Mental hospitals Bombay report 1929-33 - 1929-1933
Year: 1929
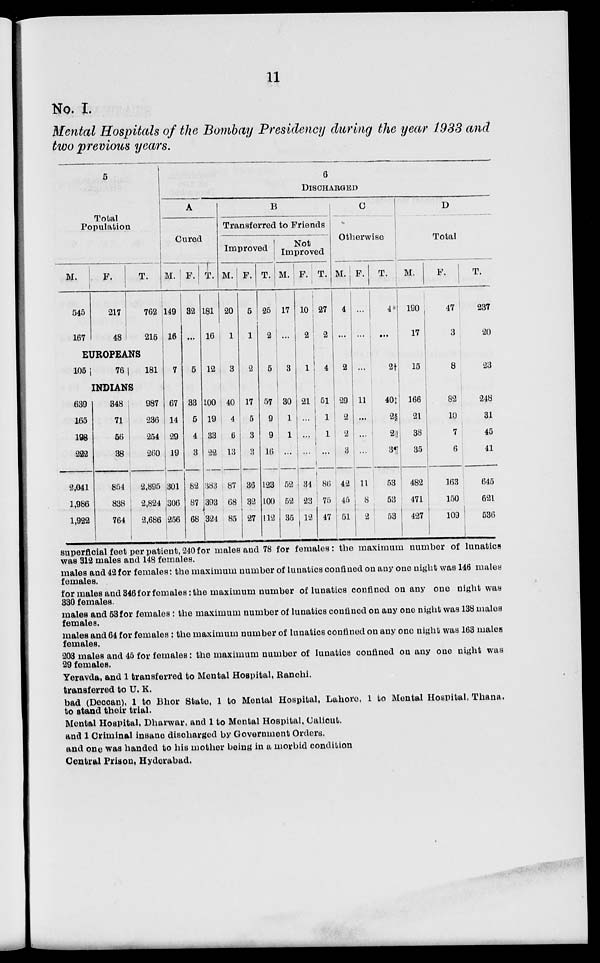
11
No. I.
Mental Hospitals of the Bombay Presidency during the year 1933 and
two previous years.
5
Total
Population
M.
545
167
F.
217
48
T.
762
215
EUROPEANS
105
76
181
INDIANS
639
165
198
222
2,041
1,986
1,922
348
71
56
38
854
838
764
987
236
254
260
2,895
2,824
2,686
6
DISCHARGED
A
Cured
M.
149
16
7
67
14
29
19
301
306
256
F.
32
...
5
33
5
4
3
82
87
68
T.
181
16
12
100
19
33
22
383
393
324
B
Transferred to Friends
Improved
M.
20
1
3
40
4
6
13
87
68
85
F.
5
1
2
17
5
3
3
36
32
27
T.
25
2
5
57
9
9
16
123
100
112
Not
Improved
M.
17
...
3
30
1
1
...
52
52
35
F.
10
2
1
21
...
...
...
34
23
12
T.
27
2
4
51
1
1
...
86
75
47
C
Otherwise
M.
4
...
2
29
2
2
3
42
45
51
F.
...
...
...
11
...
...
...
11
8
2
T.
4*
...
2†
40‡
2§
2||
3¶
53
53
53
D
Total
M.
190
17
15
166
21
38
35
482
471
427
F.
47
3
8
82
10
7
6
163
150
109
T.
237
20
23
248
31
45
41
645
621
536
superficial feet per patient, 240 for males and 78 for females: the maximum number of lunatics
was 312 males and 148 females.
males and 42 for females: the maximum number of lunatics confined on any one night was 146 males
females.
for males and 346 for females: the maximum number of lunatics confined on any one night was
330 females.
males and 53 for females: the maximum number of lunatics confined on any one night was 138 males
females.
males and 64 for females: the maximum number of lunatics confined on any one night was 163 males
females.
203 males and 45 for females: the maximum number of lunatics confined on any one night was
29 females.
Yeravda. and 1 transferred to Mental Hospital, Ranchi.
transferred to U. K.
bad (Deccan), 1 to Bhor State, 1 to Mental Hospital, Lahore, 1 to Mental Hospital, Thana,
to stand their trial.
Mental Hospital, Dharwar, and 1 to Mental Hospital, Calicut.
and 1 Criminal insane discharged by Government Orders.
and one was handed to his mother being in a morbid condition
Central Prison, Hyderabad.